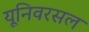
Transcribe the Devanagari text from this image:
यूनिवरसल